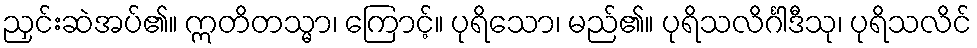
ညှင်းဆဲအပ်၏။ ဣတိတသ္မာ၊ ကြောင့်။ ပုရိသော၊ မည်၏။ ပုရိသလိင်္ဂါဒီသု၊ ပုရိသလိင်